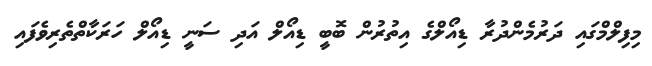
މިފިލްމްގައި ދަރުމެންދުރާ ޑިއޯލްގެ އިތުރުން ބޮބީ ޑިއޯލް އަދި ސަނީ ޑިއޯލް ހަރަކާތްތެރިވެފައި